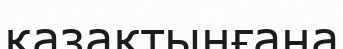
қазақтыңғана